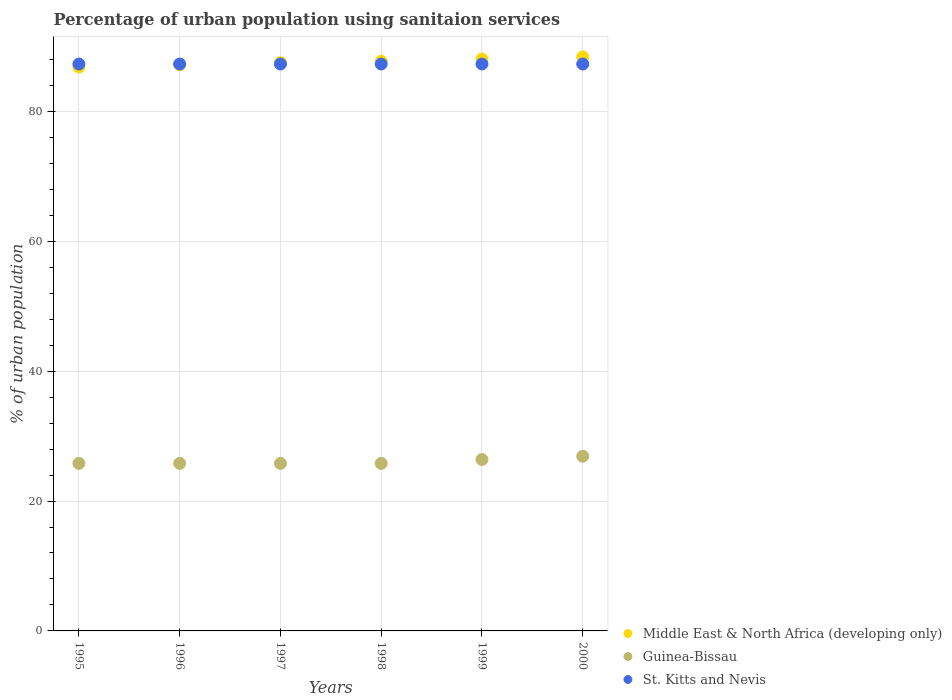
| Years | Middle East & North Africa (developing only) | Guinea-Bissau | St. Kitts and Nevis |
 | --- | --- | --- | --- |
 | 1995 | 86.8 | 25.8 | 87.3 |
 | 1996 | 87.2 | 25.8 | 87.3 |
 | 1997 | 87.5 | 25.8 | 87.3 |
 | 1998 | 87.7 | 25.8 | 87.3 |
 | 1999 | 88.1 | 26.4 | 87.3 |
 | 2000 | 88.4 | 26.9 | 87.3 |